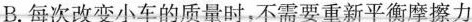
B.每次改变小车的质量时，不需要重新平衡摩擦力